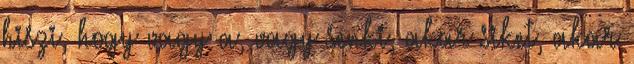
hiszi, hogy vagy a, vagy senki, akar siket, akar